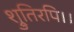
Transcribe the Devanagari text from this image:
श्रुतिरपि।।